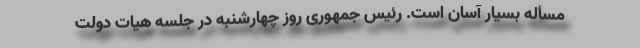
مسأله بسیار آسان است. رئیس جمهوری روز چهارشنبه در جلسه هیات دولت